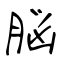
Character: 脳